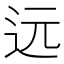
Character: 远